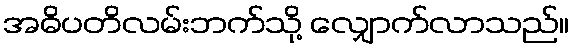
အဓိပတိလမ်းဘက်သို့ လျှောက်လာသည်။